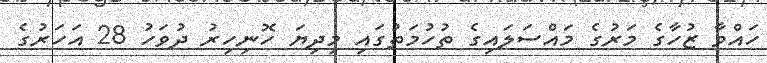
ހައްވާ ޒުހާގެ މަރުގެ މައްސަލައިގެ ތުހުމަތުގައި މިދިޔަ ހޮނިހިރު ދުވަހު 28 އަހަރުގެ